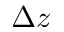
\Delta z